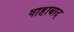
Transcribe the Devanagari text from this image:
षाहाबाद